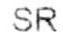
SR